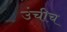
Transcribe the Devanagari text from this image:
उंचीच